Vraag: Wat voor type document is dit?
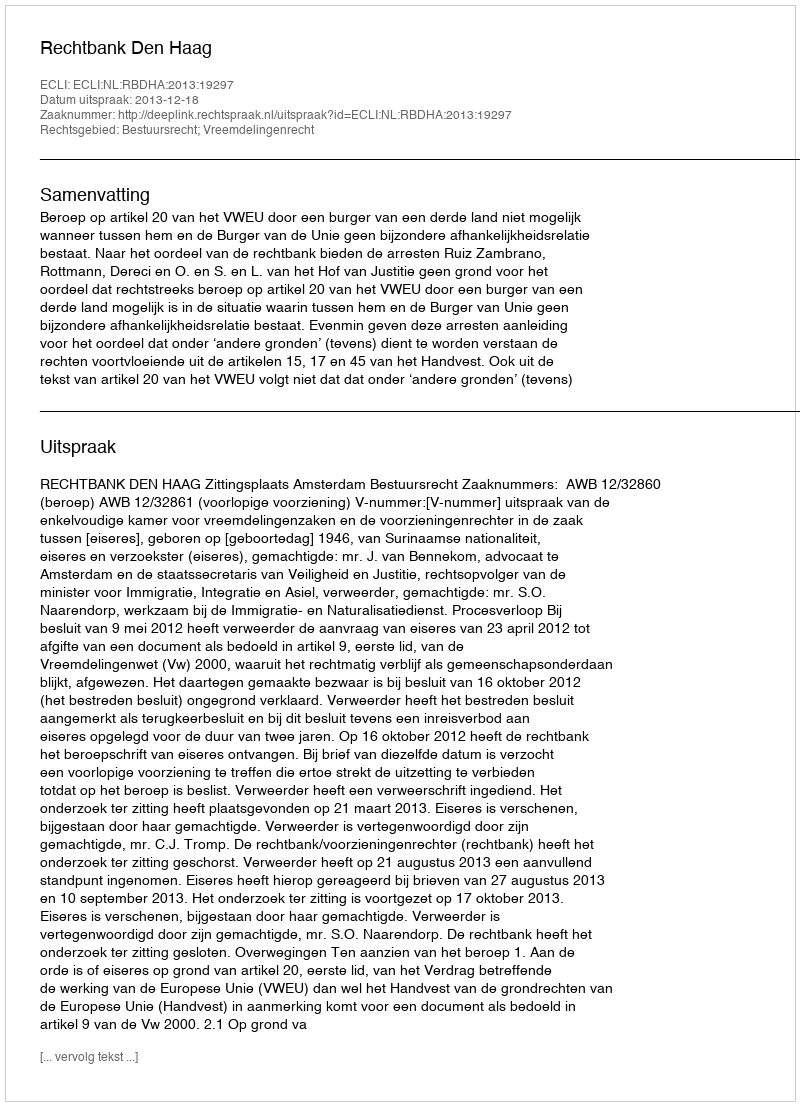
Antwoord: Uitspraak